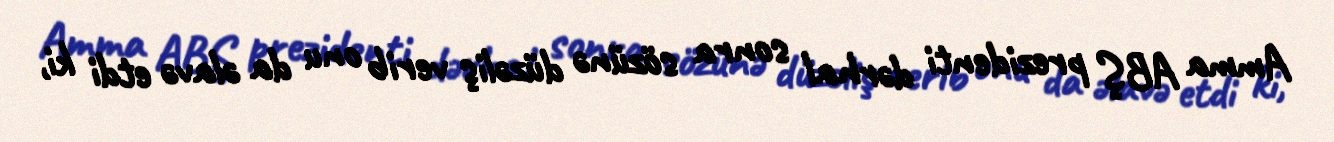
Amma ABŞ prezidenti dərhal sonra sözünə düzəliş verib onu da əlavə etdi ki,